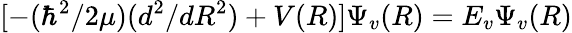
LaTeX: [-(\hbar^{2}/2\mu)(d^{2}/dR^{2})+V(R)]\Psi_{v}(R)=E_{v}\Psi_{v}(R)